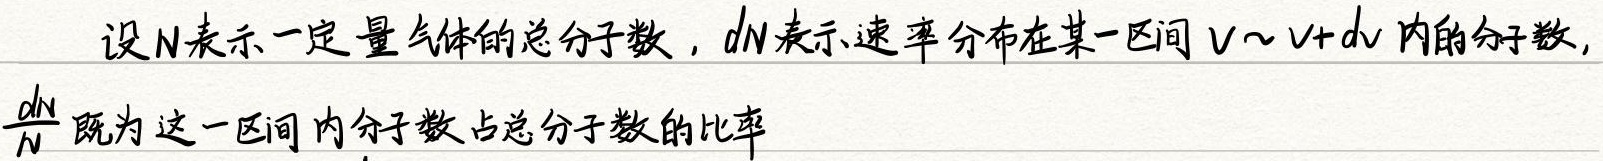
设$N$表示一定量气体的总分子数，$dN$表示速率分布在某一区间$v\sim v + dv$内的分子数,
$\frac{dN}{N}$既为这一区间内分子数占总分子数的比率